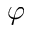
\varphi